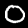
Label: 0